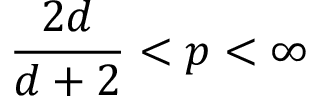
\frac { 2 d } { d + 2 } < p < \infty